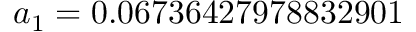
a _ { 1 } = 0 . 0 6 7 3 6 4 2 7 9 7 8 8 3 2 9 0 1